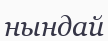
нындай